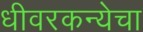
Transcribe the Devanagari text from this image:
धीवरकन्येचा